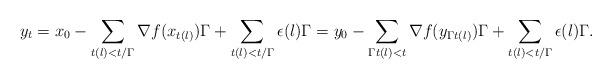
LaTeX: \begin{align*}y_{t}= x_0-\sum_{t(l)<t/\Gamma}\nabla f(x_{t(l)})\Gamma+\sum_{t(l)<t/\Gamma}\epsilon(l)\Gamma= y_0-\sum_{\Gamma t(l)<t}\nabla f(y_{\Gamma t(l)})\Gamma+\sum_{t(l)<t/\Gamma}\epsilon(l)\Gamma.\end{align*}